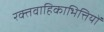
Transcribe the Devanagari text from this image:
रक्तवाहिकाभित्तियों